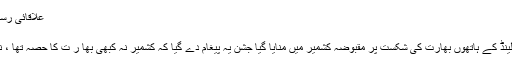
علاقائی رسہ کشی اور پاکستان کے مفادات - روزنامہ اوصاف
10:20 am 16/07/2019 عبداللہ مصطفوی
کرکٹ ورلڈ کپ کے پہلے سیمی فائنل میں نیوزی لینڈ کے ہاتھوں بھارت کی شکست پر مقبوضہ کشمیر میں منایا گیا جشن یہ پیغام دے گیا کہ کشمیر نہ کبھی بھا ر ت کا حصہ تھا ، نہ ہے اور نہ ہی مستقبل میں ایسا ممکن ہو پائے گا۔